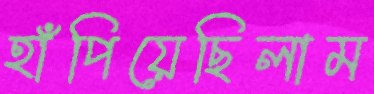
হাঁপিয়েছিলাম